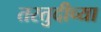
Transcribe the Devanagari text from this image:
तरतुदीच्या